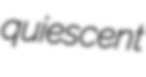
quiescent